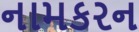
નામકરન